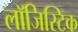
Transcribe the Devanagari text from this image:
लाॅजिस्टिक